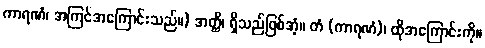
ကာရဏံ၊ အကြင်အကြောင်းသည်။) အတ္ထိ၊ ရှိသည်ဖြစ်အံ့။ တံ (ကာရဏံ)၊ ထိုအကြောင်းကို။